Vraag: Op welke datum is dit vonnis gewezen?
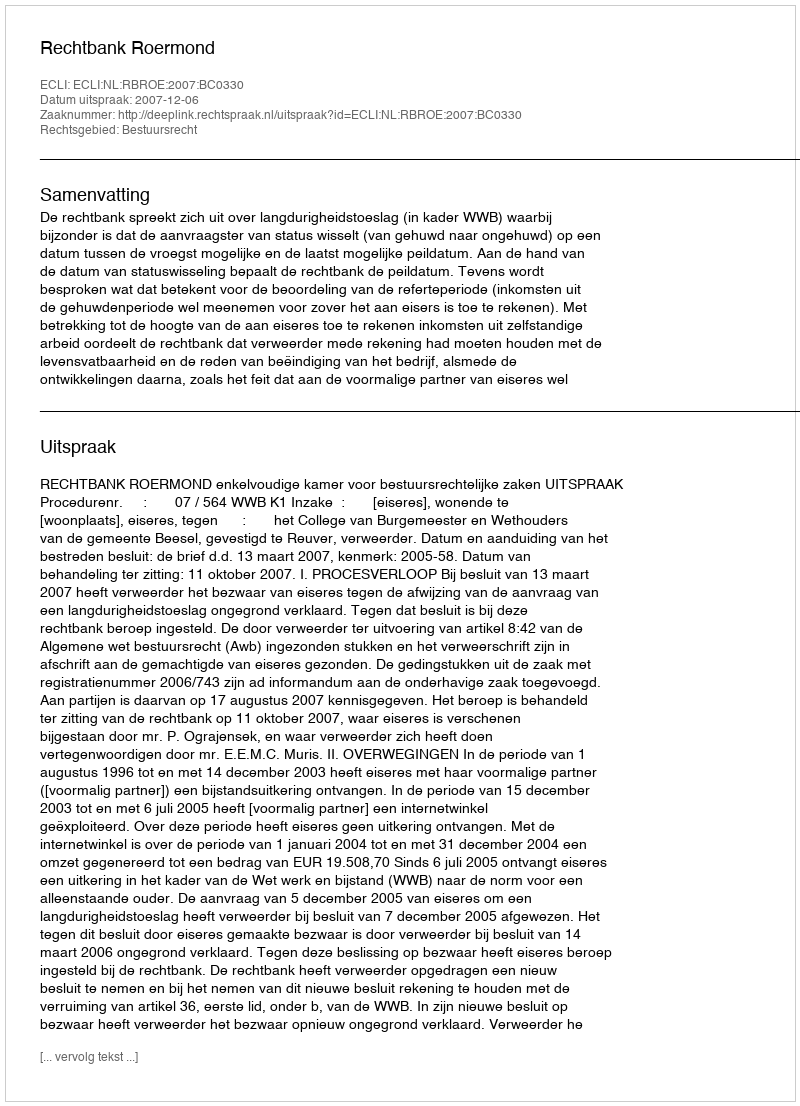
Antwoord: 2007-12-06